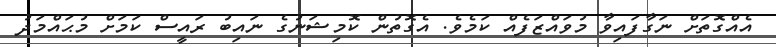
އެއްގޮތަށް ނަގާފައިވާ މުވައްޒަފެއް ކަމެވެ. އެގޮތުން ކޮމިޝަނުގެ ނައިބު ރައީސް ކަމަށް މުޙައްމަދު